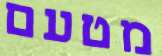
מטעם